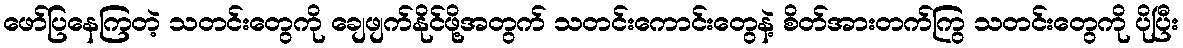
ဖော်ပြနေကြတဲ့ သတင်းတွေကို ချေဖျက်နိုင်ဖို့အတွက် သတင်းကောင်းတွေနဲ့ စိတ်အားတက်ကြွ သတင်းတွေကို ပိုပြီး